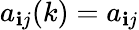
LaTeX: a_{\mathbf{i}j}(k)=a_{\mathbf{i}j}